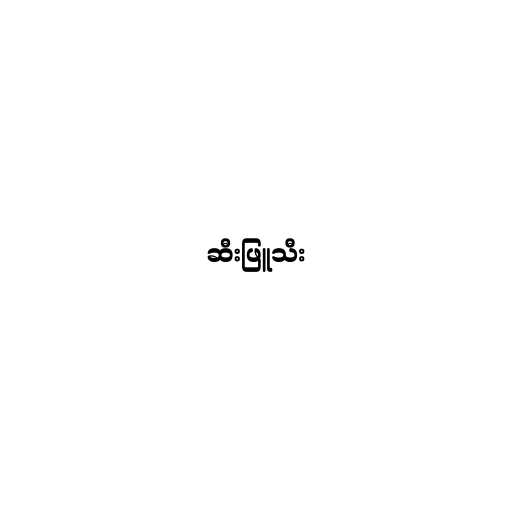
ဆီးဖြူသီး